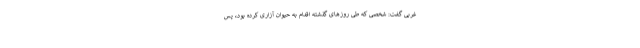
غربی گفت: شخصی که طی روزهای گذشته اقدام به حیوان آزاری کرده بود، پس